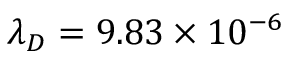
\ensuremath { \lambda } _ { D } = 9 . 8 3 \times 1 0 ^ { - 6 }